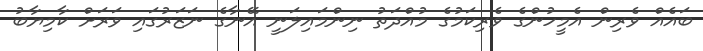
ބައެއް ވެރިން އެމީހުންގެ ވެރިކަމުގެ މުއްދަތު ނިންމައިލަނީ އޭނާގެ ނަޒަރުގައި ވަރަށް ކާމިޔާބު